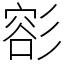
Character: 彮